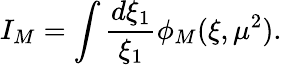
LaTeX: I_{M}=\int{\frac{d\xi_{1}}{\xi_{1}}}\phi_{M}(\xi,\mu^{2}).